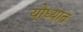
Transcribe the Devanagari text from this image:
योध्यात